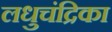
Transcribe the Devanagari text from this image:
लधुचंद्रिका